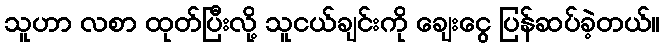
သူဟာ လစာ ထုတ်ပြီးလို့ သူငယ်ချင်းကို ချေးငွေ ပြန်ဆပ်ခဲ့တယ်။